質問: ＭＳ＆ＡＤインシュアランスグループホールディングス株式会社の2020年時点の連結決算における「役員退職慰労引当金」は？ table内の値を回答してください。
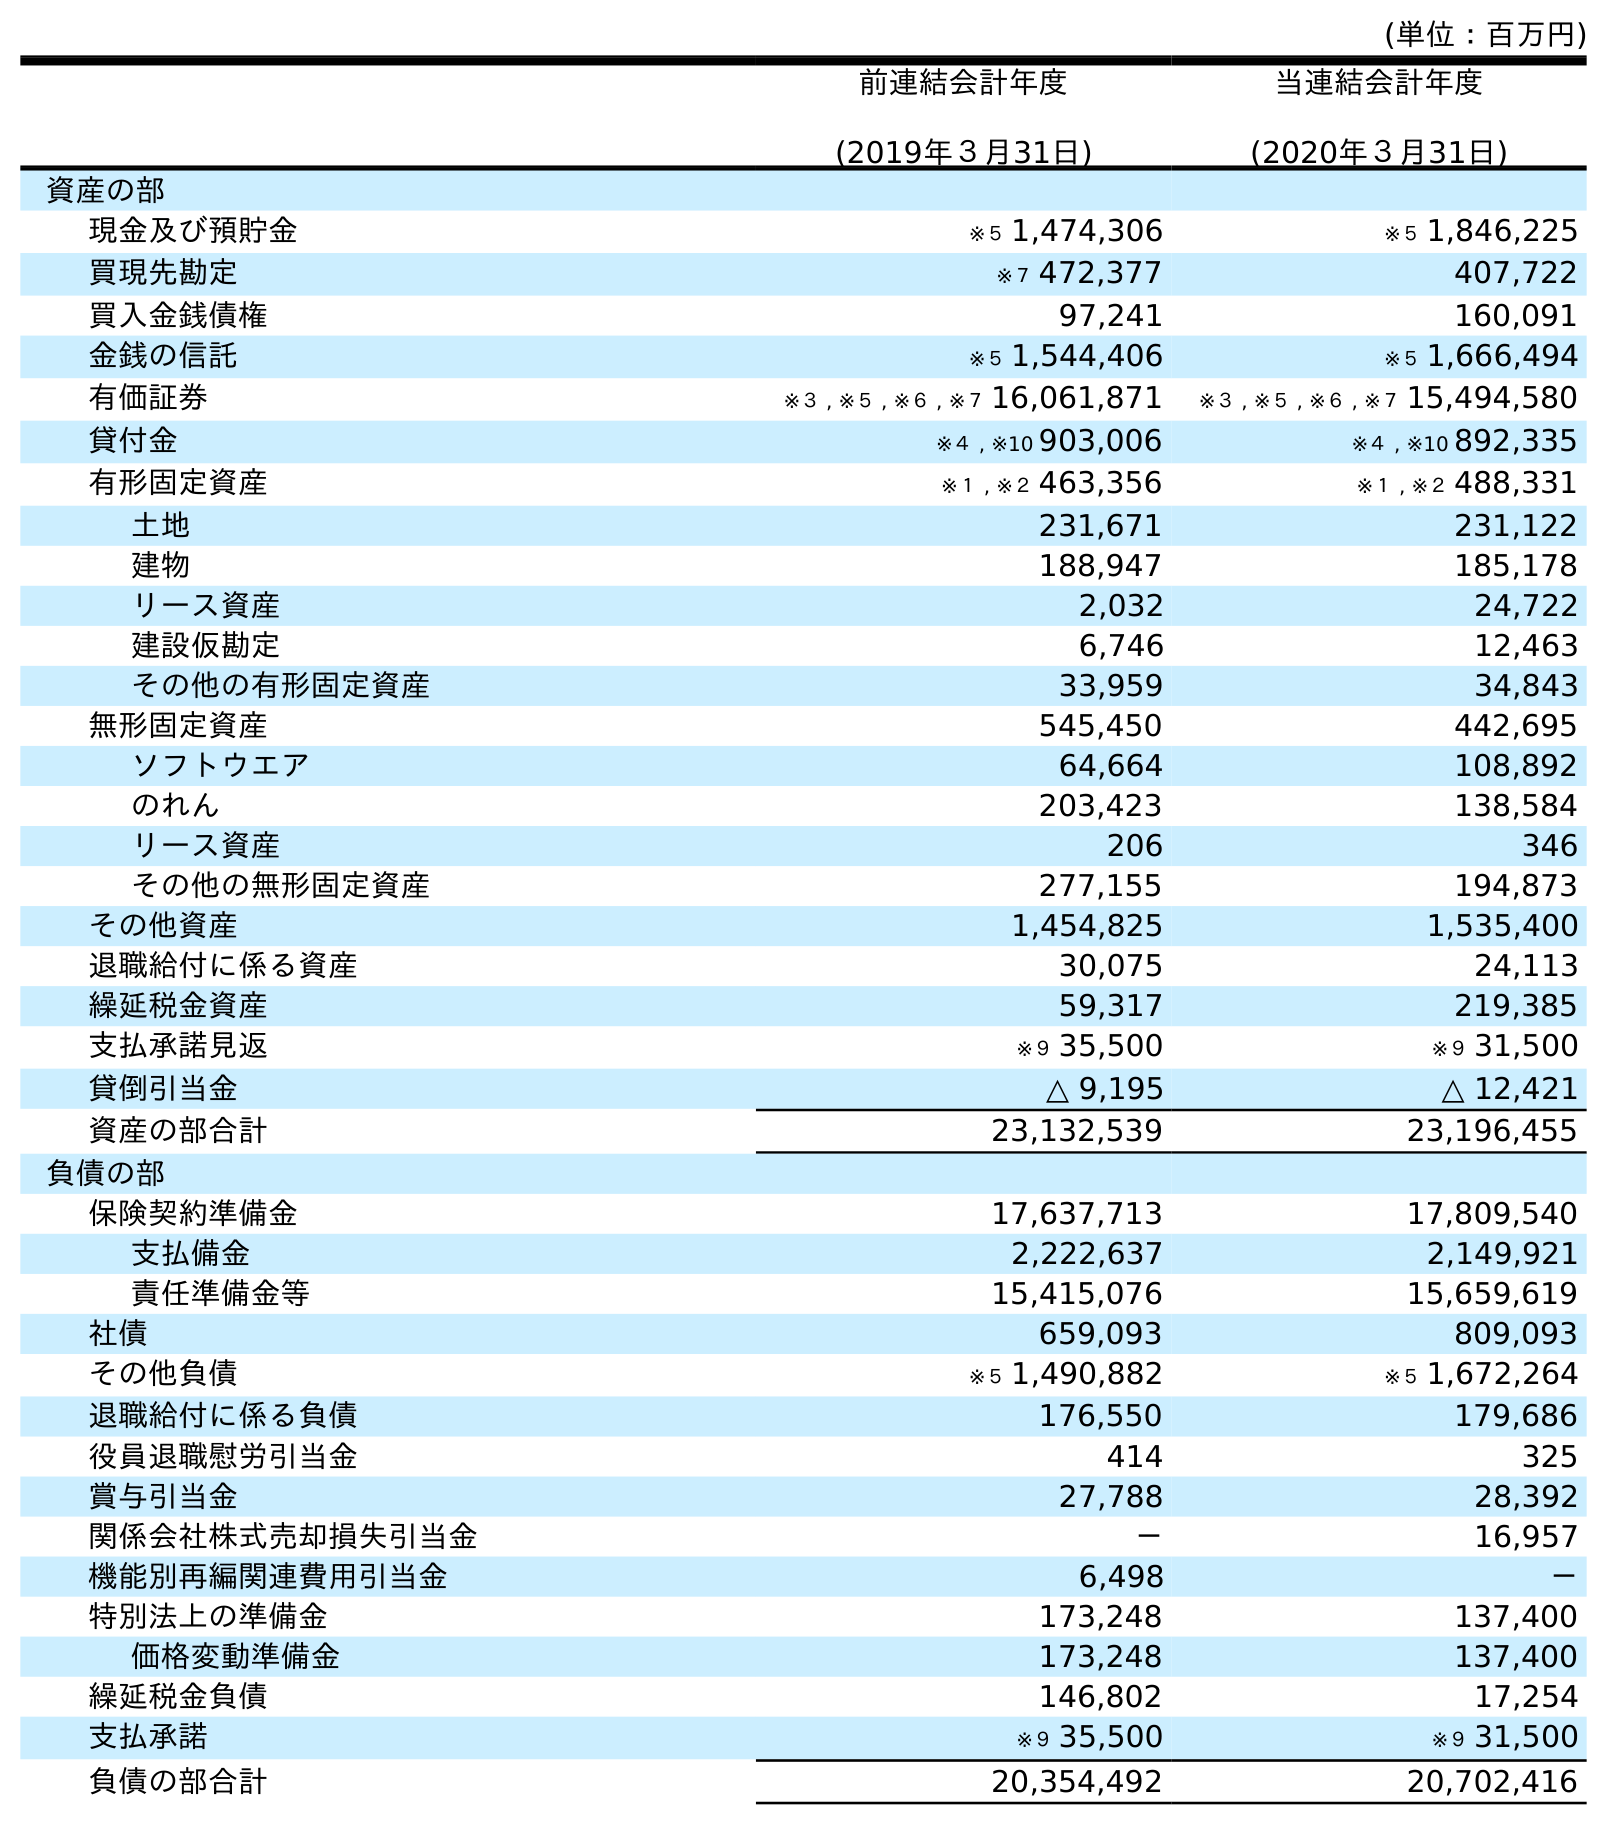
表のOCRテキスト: (単位：百万円) 前連結会計年度 (2019年３月31日) 当連結会計年度 (2020年３月31日) 資産の部 現金及び預貯金 ※５ 1,474,306 ※５ 1,846,225 買現先勘定 ※７ 472,377 407,722 買入金銭債権 97,241 160,091 金銭の信託 ※５ 1,544,406 ※５ 1,666,494 有価証券 ※３ , ※５ , ※６ , ※７ 16,061,871 ※３ , ※５ , ※６ , ※７ 15,494,580 貸付金 ※４ , ※10 903,006 ※４ , ※10 892,335 有形固定資産 ※１ , ※２ 463,356 ※１ , ※２ 488,331 土地 231,671 231,122 建物 188,947 185,178 リース資産 2,032 24,722 建設仮勘定 6,746 12,463 その他の有形固定資産 33,959 34,843 無形固定資産 545,450 442,695 ソフトウエア 64,664 108,892 のれん 203,423 138,584 リース資産 206 346 その他の無形固定資産 277,155 194,873 その他資産 1,454,825 1,535,400 退職給付に係る資産 30,075 24,113 繰延税金資産 59,317 219,385 支払承諾見返 ※９ 35,500 ※９ 31,500 貸倒引当金 △ 9,195 △ 12,421 資産の部合計 23,132,539 23,196,455 負債の部 保険契約準備金 17,637,713 17,809,540 支払備金 2,222,637 2,149,921 責任準備金等 15,415,076 15,659,619 社債 659,093 809,093 その他負債 ※５ 1,490,882 ※５ 1,672,264 退職給付に係る負債 176,550 179,686 役員退職慰労引当金 414 325 賞与引当金 27,788 28,392 関係会社株式売却損失引当金 － 16,957 機能別再編関連費用引当金 6,498 － 特別法上の準備金 173,248 137,400 価格変動準備金 173,248 137,400 繰延税金負債 146,802 17,254 支払承諾 ※９ 35,500 ※９ 31,500 負債の部合計 20,354,492 20,702,416
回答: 325